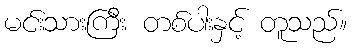
မင်းသားကြီး တစ်ပါးနှင့် တူသည်။